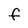
Character: f